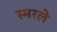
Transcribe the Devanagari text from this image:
स्मरले